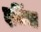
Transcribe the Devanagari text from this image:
दभिंचा